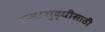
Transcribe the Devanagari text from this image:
रक्तशुद्धीसाठी